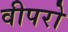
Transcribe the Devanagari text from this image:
वीपरो